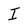
Character: I